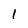
Character: l